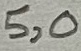
Text: 5,0